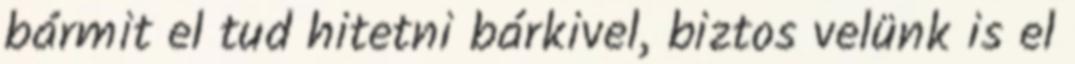
bármit el tud hitetni bárkivel, biztos velünk is el